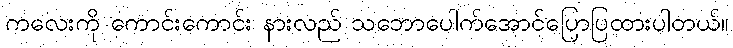
ကလေးကို ကောင်းကောင်း နားလည် သဘောပေါက်အောင်ပြောပြထားပါတယ်။